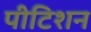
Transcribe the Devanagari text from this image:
पीटिशन